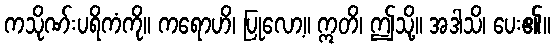
ကသိုဏ်းပရိကံကို။ ကရောဟိ၊ ပြုလော့။ ဣတိ၊ ဤသို့။ အဒါသိ၊ ပေး၏။